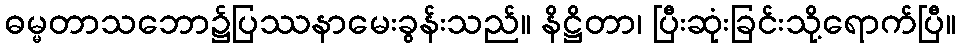
ဓမ္မတာသဘော၌ပြဿနာမေးခွန်းသည်။ နိဋ္ဌိတာ၊ ပြီးဆုံးခြင်းသို့ရောက်ပြီ။